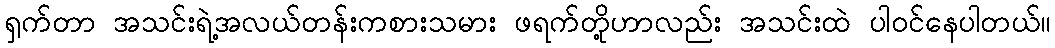
ရှက်တာ အသင်းရဲ့အလယ်တန်းကစားသမား ဖရက်တို့ဟာလည်း အသင်းထဲ ပါဝင်နေပါတယ်။